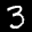
Label: 3